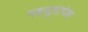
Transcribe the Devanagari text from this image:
महसूलापेक्षा